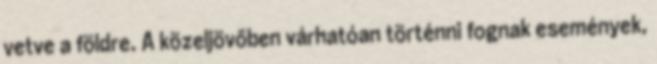
vetve a földre. A közeljövőben várhatóan történni fognak események,